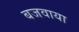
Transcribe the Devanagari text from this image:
बजवाया